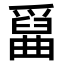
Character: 𤔱